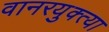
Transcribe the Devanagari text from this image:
वानरयुक्त्या